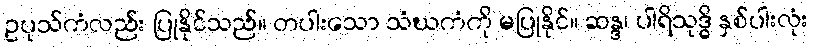
ဥပုသ်ကံလည်း ပြုနိုင်သည်။ တပါးသော သံဃကံကို မပြုနိုင်။ ဆန္ဒ၊ ပါရိသုဒ္ဓိ နှစ်ပါးလုံး